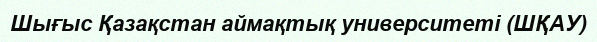
Шығыс Қазақстан аймақтық университеті (ШҚАУ)